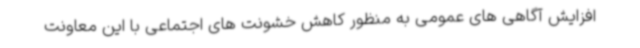
افزایش آگاهی های عمومی به منظور کاهش خشونت های اجتماعی با این معاونت